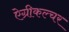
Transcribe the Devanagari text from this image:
ऐग्रीकल्चर